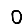
Digit: 0